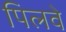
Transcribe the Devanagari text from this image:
पिलवे